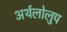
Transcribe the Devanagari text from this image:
अर्थलोलुप